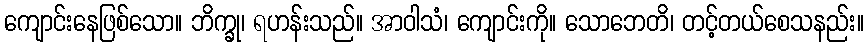
ကျောင်းနေဖြစ်သော။ ဘိက္ခု၊ ရဟန်းသည်။ အာဝါသံ၊ ကျောင်းကို။ သောဘေတိ၊ တင့်တယ်စေသနည်း။